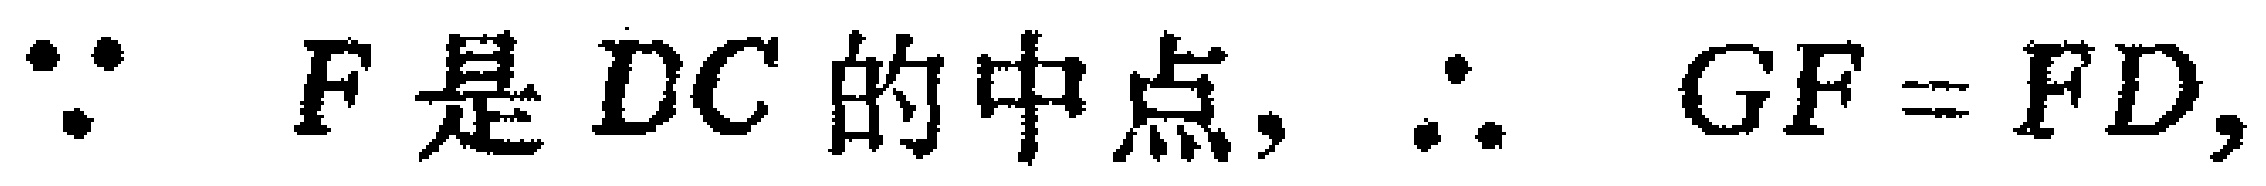
$\because F是DC的中点,\therefore GF = FD,$